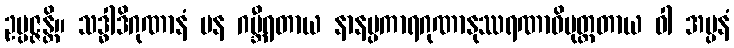
ဥပ္ပဇ္ဇန္တိ။ သဒ္ဓါဒိဂုဏာနံ ပန ဂမ္ဘီရတာယ နာနပ္ပကာရဂုဏာနုဿရဏာဓိမုတ္တတာယ ဝါ အပ္ပနံ